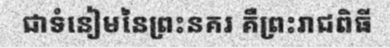
ជាទំនៀមនៃព្រះនគរ គឺព្រះរាជពិធី